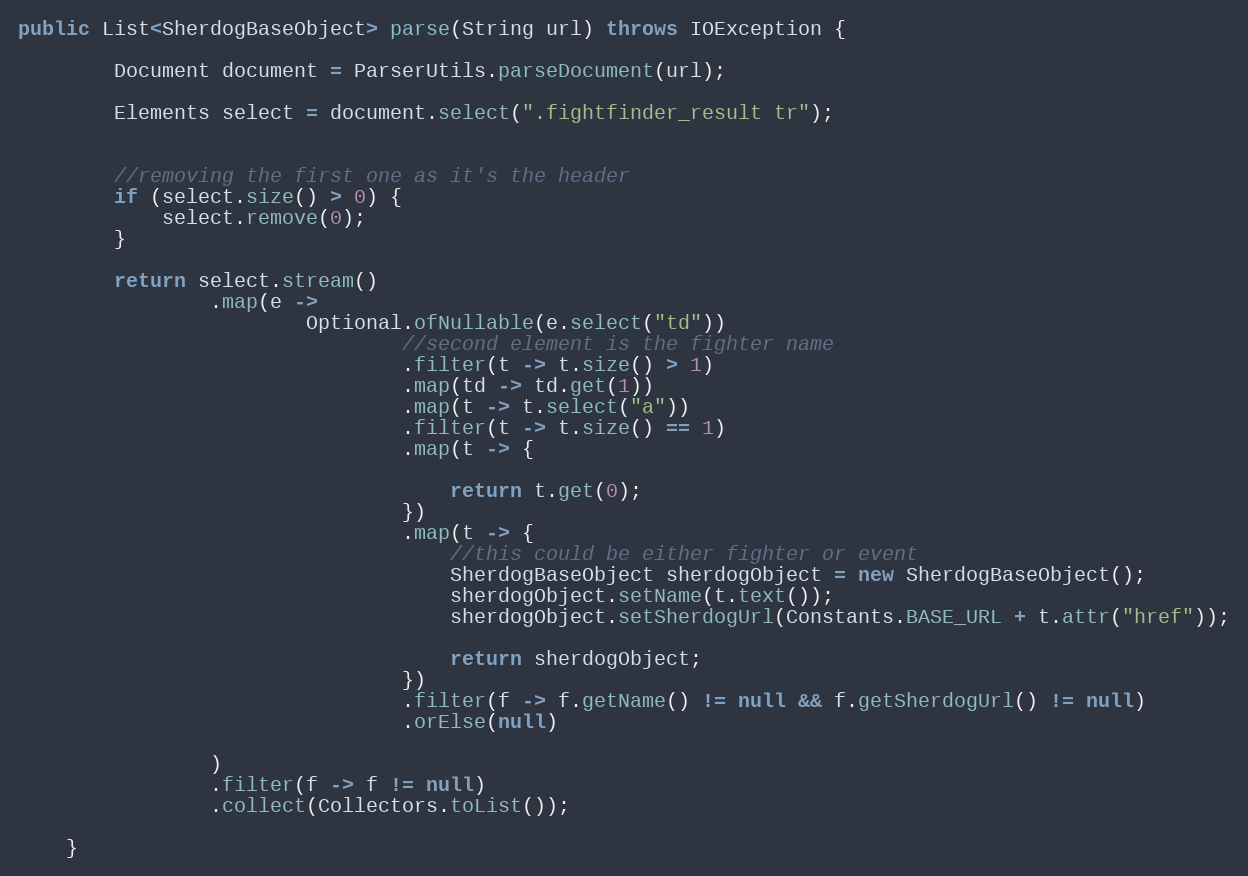
Language: Java
public List<SherdogBaseObject> parse(String url) throws IOException {

        Document document = ParserUtils.parseDocument(url);

        Elements select = document.select(".fightfinder_result tr");

        //removing the first one as it's the header
        if (select.size() > 0) {
            select.remove(0);
        }

        return select.stream()
                .map(e ->
                        Optional.ofNullable(e.select("td"))
                                //second element is the fighter name
                                .filter(t -> t.size() > 1)
                                .map(td -> td.get(1))
                                .map(t -> t.select("a"))
                                .filter(t -> t.size() == 1)
                                .map(t -> {

                                    return t.get(0);
                                })
                                .map(t -> {
                                    //this could be either fighter or event
                                    SherdogBaseObject sherdogObject = new SherdogBaseObject();
                                    sherdogObject.setName(t.text());
                                    sherdogObject.setSherdogUrl(Constants.BASE_URL + t.attr("href"));

                                    return sherdogObject;
                                })
                                .filter(f -> f.getName() != null && f.getSherdogUrl() != null)
                                .orElse(null)

                )
                .filter(f -> f != null)
                .collect(Collectors.toList());

    }